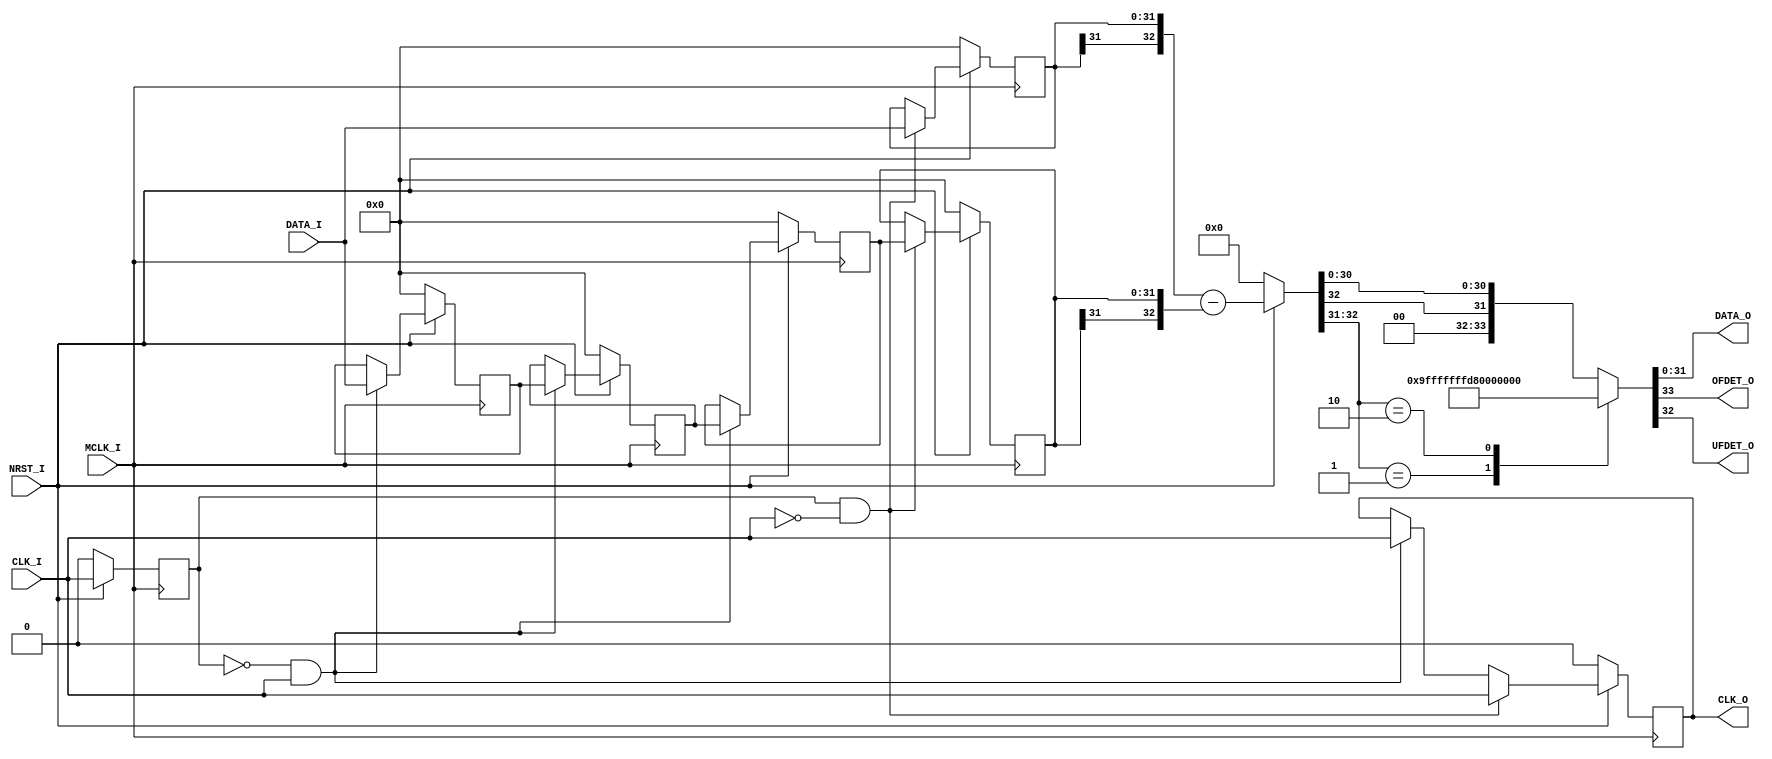
/*-----------------------------------------------------------------------------
* DIFFERENTIATOR_BACK.v
*
* Back Eular Method Differentiator (w/ M-length Latch) Module
*
* Version: 1.02
* 
* Port
*   Input
*       MCLK_I : Master Clock Input
*       CLK_I  : Data Clock Input
*       DATA_I : Data Input (Width: DATA_BIT_WIDTH)
*       NRST_I : Synchronous Reset Input (Active LOW)
*
*   Output
*       CLK_O  : Data Clock Output
*       DATA_O : Differentiated Data Output
*       OFDET_O: Overflow Detection
*                1'b1: Overflow
*                1'b0: Valid (NOT Overflow)
*       UFDET_O: Underflow Detection
*                1'b1: Underflow
*                1'b0: Valid (NOT Underflow)
*
* Parameters
*   DATA_BIT_WIDTH: Input Data Bit Width (Default: 32)
*   LATCH_LENGTH  : Data Latch Length (Default: 3)
*
* License under CERN-OHL-P v2
--------------------------------------------------------------------------------
| Copyright AUDIY 2024.                                                        |
|                                                                              |
| This source describes Open Hardware and is licensed under the CERN-OHL-P v2. |
|                                                                              |
| You may redistribute and modify this source and make products using it under |
| the terms of the CERN-OHL-P v2 (https:/cern.ch/cern-ohl).                    |
|                                                                              |
| This source is distributed WITHOUT ANY EXPRESS OR IMPLIED WARRANTY,          |
| INCLUDING OF MERCHANTABILITY, SATISFACTORY QUALITY AND FITNESS FOR A         |
| PARTICULAR PURPOSE. Please see the CERN-OHL-P v2 for applicable conditions.  |
--------------------------------------------------------------------------------
*
-----------------------------------------------------------------------------*/
module DIFFERENTIATOR_BACK #(
    /* Parameter Definition */
    parameter DATA_BIT_WIDTH = 32,
    parameter LATCH_LENGTH = 3
)(
    /* Input Port Definition */
    input  wire                              MCLK_I ,
    input  wire                              CLK_I  ,
    input  wire signed  [DATA_BIT_WIDTH-1:0] DATA_I ,
    input  wire                              NRST_I ,
    /* Output Port Definition */
    output wire                              CLK_O  ,
    output wire signed  [DATA_BIT_WIDTH-1:0] DATA_O ,
    output wire                              OFDET_O,
    output wire                              UFDET_O
);

    /* Internal Wire/Reg Definition */
    reg     CLKI_REG =               1'b0;
    reg     CLKO_REG =               1'b0;
    reg     signed [DATA_BIT_WIDTH-1:0] DATA_REG_POS [0:LATCH_LENGTH-1];
    reg     signed [DATA_BIT_WIDTH-1:0] DATAI_REG    = {(DATA_BIT_WIDTH){1'b0}};
    reg     signed [DATA_BIT_WIDTH-1:0] DATA_REG_NEG = {(DATA_BIT_WIDTH){1'b0}};
    wire    signed [DATA_BIT_WIDTH:0]   DIFF_DATA;
    integer ii       =               0;

    /* Initialize the shift register */
    generate
        genvar i;
        for (i = 0; i < LATCH_LENGTH; i = i + 1) begin : gen_init1
            initial begin
                DATA_REG_POS[i] = {(DATA_BIT_WIDTH){1'b0}};
            end
        end
    endgenerate

    always @(posedge MCLK_I ) begin
        if (NRST_I == 1'b0) begin
            CLKI_REG                     <=                   1'b0;
            CLKO_REG                     <=                   1'b0;
            DATAI_REG                    <= {(DATA_BIT_WIDTH){1'b0}};
            DATA_REG_NEG                 <= {(DATA_BIT_WIDTH){1'b0}};

            /* Reset Shit Register */
            for (ii = 0; ii < LATCH_LENGTH; ii = ii + 1) begin : for_reset1
                DATA_REG_POS[ii] <= {(DATA_BIT_WIDTH){1'b0}};
            end
        end else begin
            CLKI_REG <= CLK_I;

            /* Positive Edge of Data Clock (CLK_I) */
            if ((CLKI_REG == 1'b0) && (CLK_I == 1'b1)) begin
                CLKO_REG <= CLK_I;
                for (ii = 0; ii < LATCH_LENGTH; ii = ii + 1) begin : for_normal
                    if (ii == 0) begin
                        DATA_REG_POS[ii] <= DATA_I;
                    end else begin
                        DATA_REG_POS[ii] <= DATA_REG_POS[ii - 1];
                    end
                end
            end

            /* Negative Edge of Data Clock (CLK_I) */
            if ((CLKI_REG == 1'b1) && (CLK_I == 1'b0)) begin
                CLKO_REG     <= CLK_I                       ;
                DATAI_REG    <= DATA_I                      ;
                DATA_REG_NEG <= DATA_REG_POS[LATCH_LENGTH-1];
            end
        end
    end

    /* Output Assign */
    assign  CLK_O                       =  CLKO_REG;
    assign  DIFF_DATA                   = (NRST_I == 1'b0) ? {(DATA_BIT_WIDTH+1){1'b0}} : {DATAI_REG[DATA_BIT_WIDTH-1], DATAI_REG} - {DATA_REG_NEG[DATA_BIT_WIDTH-1], DATA_REG_NEG};
    assign {OFDET_O  , UFDET_O, DATA_O} =  assign_out(DIFF_DATA);

    /* Overflow/Underflow Detection & Output alligning */
    function [DATA_BIT_WIDTH+1:0] assign_out;
        input [DATA_BIT_WIDTH:0] DIFFDATA;
    begin
        case (DIFFDATA[DATA_BIT_WIDTH:DATA_BIT_WIDTH-1])
            2'b01: begin
                // Overflow
                // Ex. 5'b01111 + 5'b00001 = 5'b01111 (6'b010000)
                assign_out = {1'b1, 1'b0, 1'b0, {(DATA_BIT_WIDTH-1){1'b1}}};
            end

            2'b10: begin
                // Underflow
                // Ex. 5'b10000 + 5'b11110 = 5'b10000 (6'b101111)
                assign_out = {1'b0, 1'b1, 1'b1, {(DATA_BIT_WIDTH-1){1'b0}}};
            end 

            default: begin
                // Normal Operation
                assign_out = {1'b0, 1'b0, DIFFDATA[DATA_BIT_WIDTH], DIFFDATA[DATA_BIT_WIDTH-2:0]};
            end
        endcase
    end    
    endfunction

endmodule